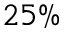
2 5 \%